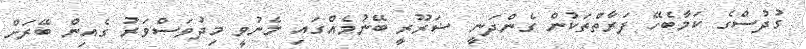
ގުދުސްގެ ކަމާބެހޭ ފަރާތްތަކުން ގެންދަނީ ޟަރޫރީ ބޭނުމެއްގައި މެނުވީ މިދުވަސްވަރު ގެއިން ބޭރަށް